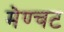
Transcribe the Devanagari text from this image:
मेण्चट